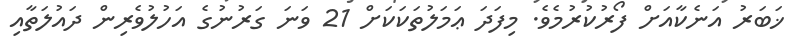
ޚަބަރު އަނެކާއަށް ފޯރުކުރުމެވެ. މިފަދަ ޢަމަލުތަކަކަށް 21 ވަނަ ގަރުނުގެ އަހުލުވެރިން ދައުލަތާއި